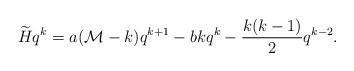
LaTeX: \begin{align*}\widetilde{H}q^k=a({\mathcal M}-k)q^{k+1}-bkq^k-{k(k-1)\over2}q^{k-2}.\end{align*}